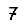
Digit: 7